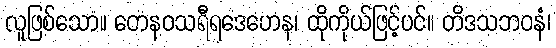
လူဖြစ်သော။ တေနဝသရီရဒေဟေန၊ ထိုကိုယ်ဖြင့်ပင်။ တိဒသဘဝနံ၊